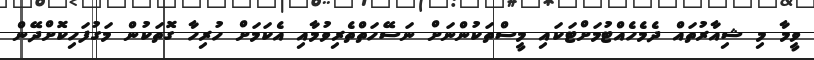
ވީމާ މި ޝިއާރުތައް ދެމެހެއްޓުމަށްޓަކައި މީސްތަކުންނަށް ނަސޭހަތްތެރިވުމާއި އެކަމަށް ހުރިހާ ގޮތަކުން މަގުފަހިކޮށްދޭން